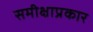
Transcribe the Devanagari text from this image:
समीक्षाप्रकार